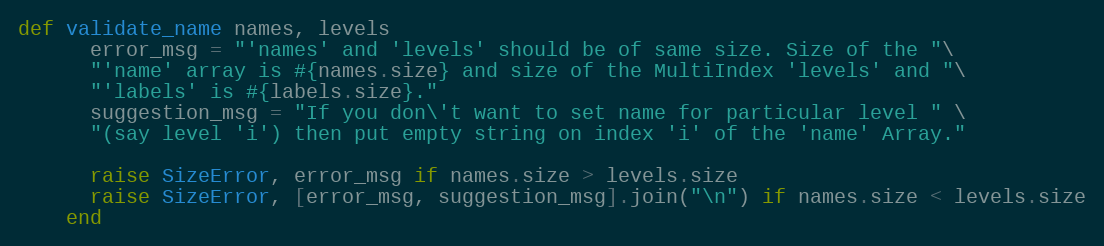
Language: Ruby
def validate_name names, levels
      error_msg = "'names' and 'levels' should be of same size. Size of the "\
      "'name' array is #{names.size} and size of the MultiIndex 'levels' and "\
      "'labels' is #{labels.size}."
      suggestion_msg = "If you don\'t want to set name for particular level " \
      "(say level 'i') then put empty string on index 'i' of the 'name' Array."

      raise SizeError, error_msg if names.size > levels.size
      raise SizeError, [error_msg, suggestion_msg].join("\n") if names.size < levels.size
    end